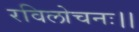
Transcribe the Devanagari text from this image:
रविलोचनः।।